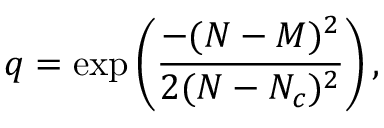
q = \exp \left( \frac { - ( N - M ) ^ { 2 } } { 2 ( N - N _ { c } ) ^ { 2 } } \right) ,